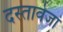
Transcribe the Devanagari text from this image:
दस्तावेजां